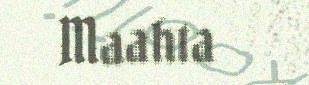
Maahta